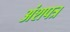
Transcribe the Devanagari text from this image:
अंशपत्र